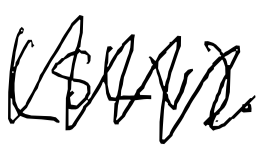
Text: (SLV).
Cross-out: zig-zag
Writing tool: digital_black